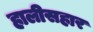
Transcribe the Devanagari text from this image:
हालीसहार